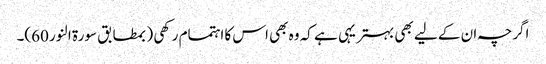
اگرچہ ان کے لیے بھی بہتر یہی ہے کہ وہ بھی اس کا اہتمام رکھی (بمطابق سورۃ النور 60)۔